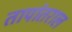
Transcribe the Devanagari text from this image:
तापांतराल